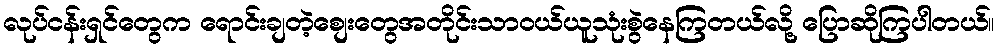
လုပ်ငန်းရှင်တွေက ရောင်းချတဲ့စျေးတွေအတိုင်းသာဝယ်ယူသုံးစွဲနေကြတယ်လို့ ပြောဆိုကြပါတယ်။